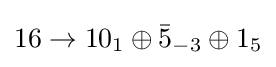
16\rightarrow 10_{1}\oplus {\bar {5}}_{-3}\oplus 1_{5}